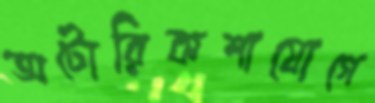
অটোরিকশাযোগে